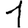
Digit: 1